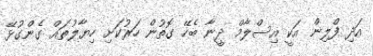
އަދި ފްލިން އަކީ އިސްލާމް ދީނާ ބެހޭ ގޮތުން ހަރުކަށި ހިޔާލުތައް ގެންގުޅޭ